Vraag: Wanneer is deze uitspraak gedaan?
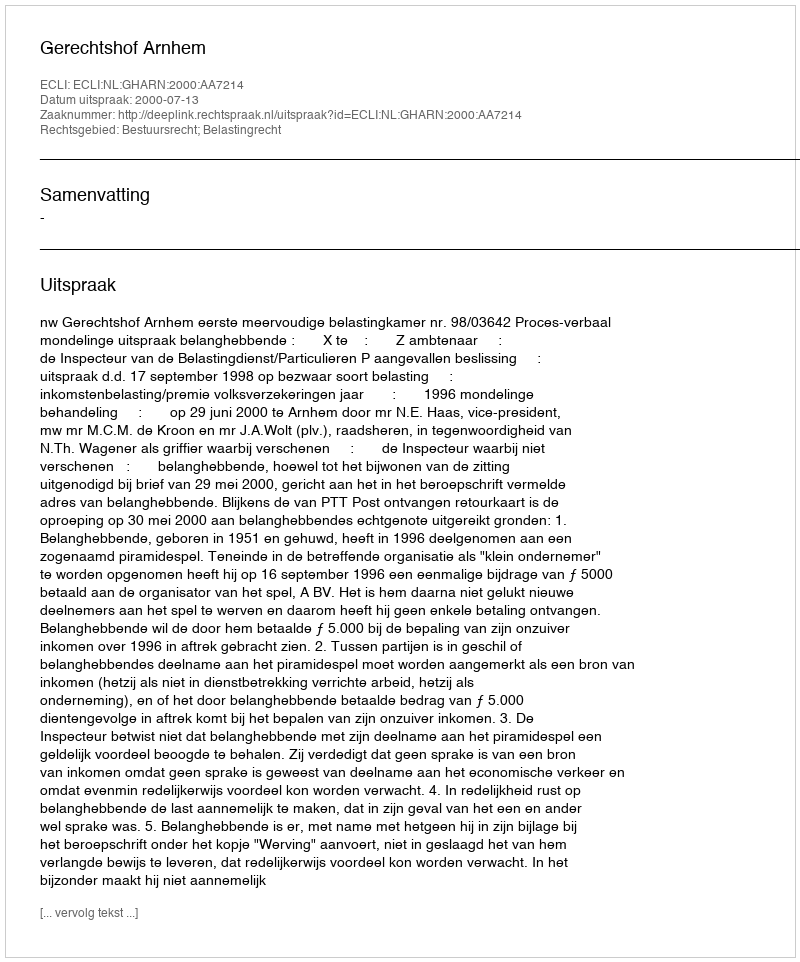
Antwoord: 2000-07-13